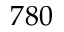
7 8 0